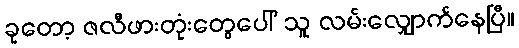
ခုတော့ ဇလီဖားတုံးတွေပေါ် သူ လမ်းလျှောက်နေပြီ။